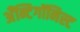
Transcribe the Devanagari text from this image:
अँन्टिगॉनिस्ट